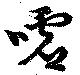
嘘